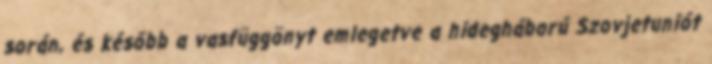
során, és később a vasfüggönyt emlegetve a hidegháború Szovjetuniót